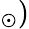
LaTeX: _{\odot})